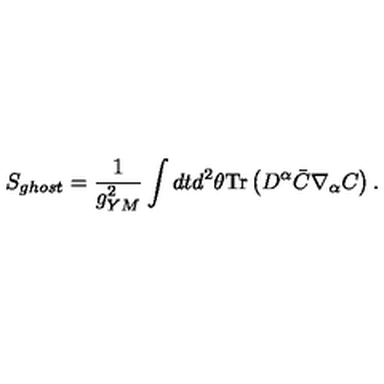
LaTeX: S _ { g h o s t } = { \frac { 1 } { g _ { Y M } ^ { 2 } } } \int d t d ^ { 2 } \theta \mathrm { T r } \left( D ^ { \alpha } \bar { C } \nabla _ { \alpha } C \right) .